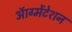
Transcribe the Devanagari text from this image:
ऑग्मेंटेशन